Piroplasma canis and its life cycle in the tick - Number 29
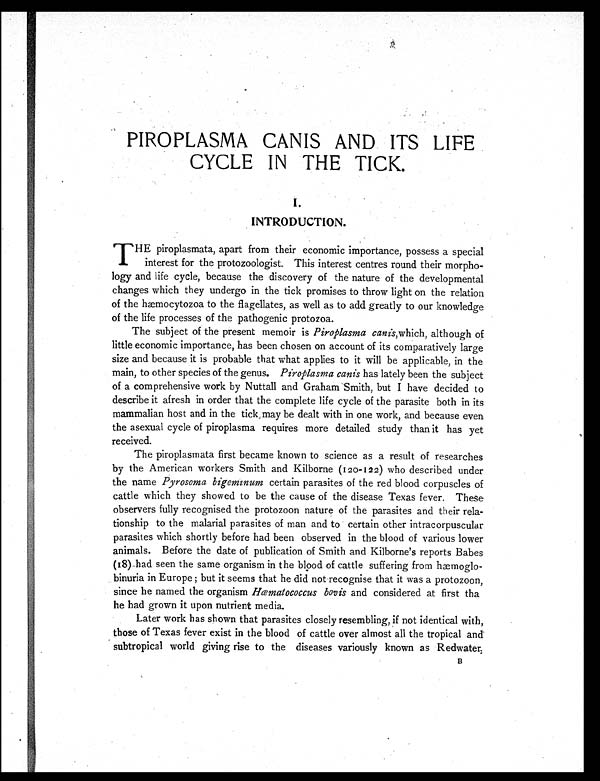
PIROPLASMA CANIS AND ITS LIFE
CYCLE IN THE TICK.
I.
INTRODUCTION.
T HE piroplasmata, apart from their economic importance, possess a special
interest for the protozoologist. This interest centres round their morpho-
logy and life cycle, because the discovery of the nature of the developmental
changes which they undergo in the tick promises to throw light on the relation
of the hæmocytozoa to the flagellates, as well as to add greatly to our knowledge
of the life processes of the pathogenic protozoa.
The subject of the present memoir is Piroplasma canis, which, although of
little economic importance, has been chosen on account of its comparatively large
size and because it is probable that what applies to it will be applicable, in the
main, to other species of the genus. Piroplasma canis has lately been the subject
of a comprehensive work by Nuttall and Graham Smith, but I have decided to
describe it afresh in order that the complete life cycle of the parasite both in its
mammalian host and in the tick, may be dealt with in one work, and because even
the asexual cycle of piroplasma requires more detailed study than it has yet
received.
The piroplasmata first became known to science as a result of researches
by the American workers Smith and Kilborne (120-122) who described under
the name Pyrosoma bigeminum certain parasites of the red blood corpuscles of
cattle which they showed to be the cause of the disease Texas fever. These
observers fully recognised the protozoon nature of the parasites and their rela-
tionship to the malarial parasites of man and to certain other intracorpuscular
parasites which shortly before had been observed in the blood of various lower
animals. Before the date of publication of Smith and Kilborne's reports Babes
(18) had seen the same organism in the blood of cattle suffering from hæmoglo-
binuria in Europe ; but it seems that he did not recognise that it was a protozoon,
since he named the organism Hæmatococcus bovis and considered at first tha
he had grown it upon nutrient media.
Later work has shown that parasites closely resembling, if not identical with,
those of Texas fever exist in the blood of cattle over almost all the tropical and
subtropical world giving rise to the diseases variously known as Redwater,
B